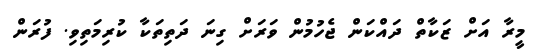
މީރާ އަށް ޒަކާތް ދައްކަން ޖެހުމުން ވަރަށް ގިނަ ދަތިތަކާ ކުރިމަތިވި. ފުރަން